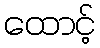
ထောင့်